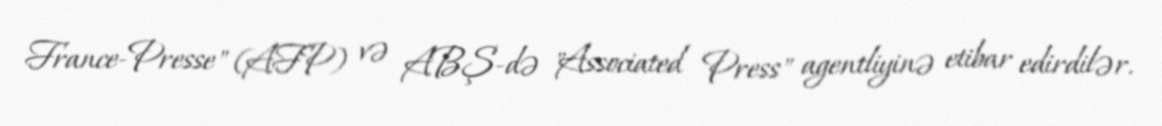
France-Presse" (AFP) və ABŞ-də "Associated Press" agentliyinə etibar edirdilər.